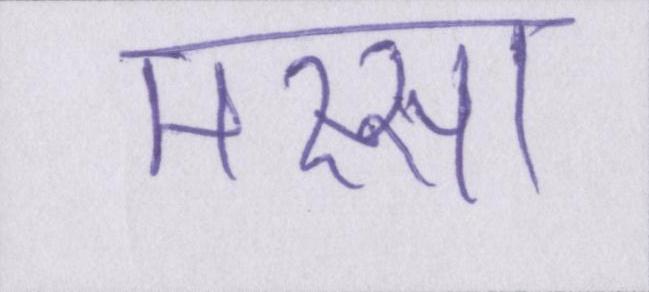
मस्सा